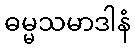
ဓမ္မသမာဒါနံ